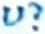
Text: U?